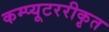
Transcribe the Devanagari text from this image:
कम्प्यूटररीकृत